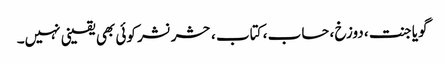
گویا جنت ، دوزخ ، حساب ، کتاب ، حشر نشر کوئی بھی یقینی نہیں۔